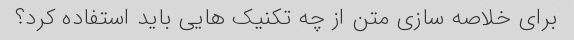
برای خلاصه سازی متن از چه تکنیک هایی باید استفاده کرد؟